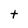
Character: t